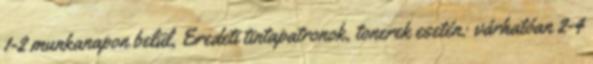
1-2 munkanapon belül, Eredeti tintapatronok, tonerek esetén: várhatóan 2-4